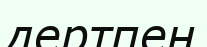
дертпен